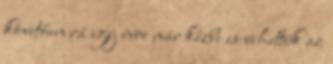
követően rá egy évre már kézbe is vehettük az